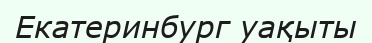
Екатеринбург уақыты